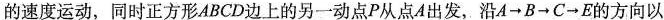
的速度运动，同时正方形ABCD边上的另一动点P从点A出发，沿A\longrightarrow B\longrightarrow C\longrightarrow E的方向以